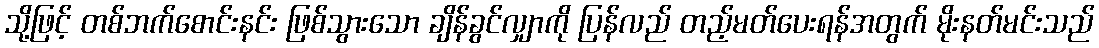
သို့ဖြင့် တစ်ဘက်စောင်းနင်း ဖြစ်သွားသော ချိန်ခွင်လျှာကို ပြန်လည် တည့်မတ်ပေးရန်အတွက် မိုးနတ်မင်းသည်